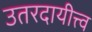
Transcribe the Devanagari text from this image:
उतरदायीत्त्व